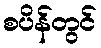
စပိန်တွင်